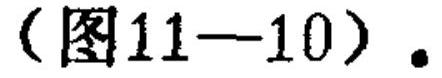
(图11—10).